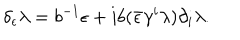
\delta _ { \epsilon } \lambda = b ^ { - 1 } \epsilon + i b ( \bar { \epsilon } \gamma ^ { i } \lambda ) \partial _ { i } \lambda .